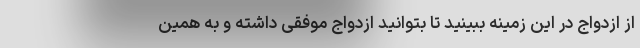
از ازدواج در این زمینه ببینید تا بتوانید ازدواج موفقی داشته و به همین